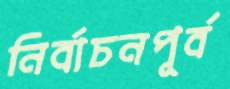
নির্বাচনপূর্ব